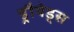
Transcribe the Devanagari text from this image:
ड्रौयेड्स